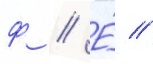
ф // Е́ //